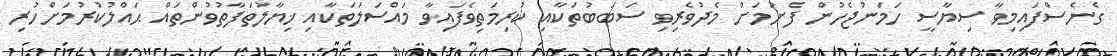
ގެނެސްފައިމިވާ ސިޔާސީ ހަމަނުޖެހުން ފެށުމަށް މެދުވެރިވި ސަބަބުތަކާއި ކުރިމަތިވެފައިވާ މައްސަލަތަކާއި ޚިޔާލުތަފާތުވުންތައް ޙައްލުކުރުމަށްހުރި